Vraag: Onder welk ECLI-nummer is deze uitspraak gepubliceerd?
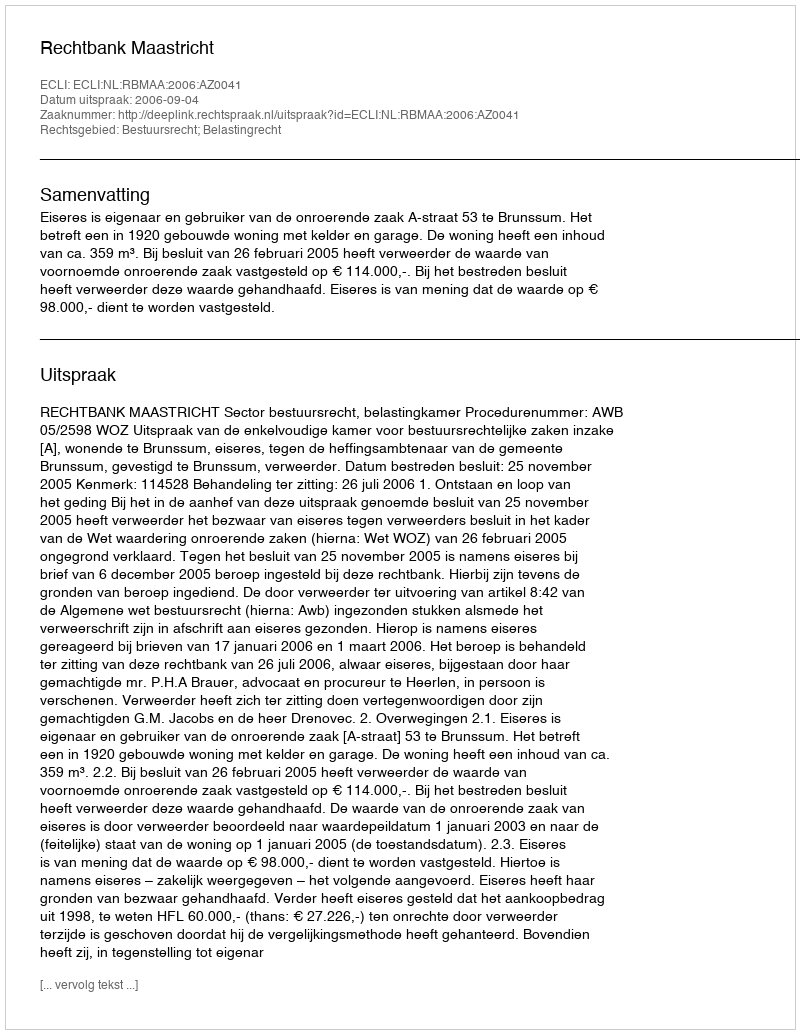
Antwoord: ECLI:NL:RBMAA:2006:AZ0041